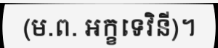
(ម.ព. អក្ខទេវិនី)។